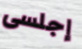
إجلسى